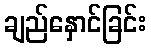
ချည်နှောင်ခြင်း